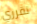
تقرري